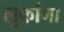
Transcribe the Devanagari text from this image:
लुकांगा